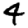
Digit: 4